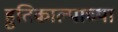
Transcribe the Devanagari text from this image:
हुतिकाल्पाच्या